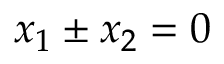
x _ { 1 } \pm x _ { 2 } = 0